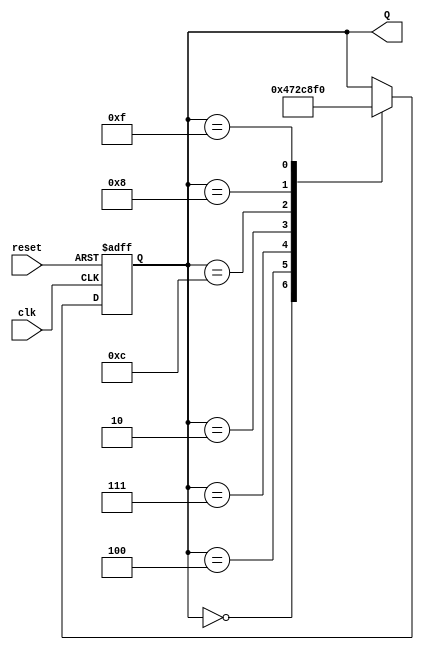
module Random_counter(Q,clk,reset);
output [3:0]Q;
input clk,reset;
reg [3:0]Q;
always @(posedge clk or posedge reset)
begin
if(reset)
Q<=4'b0;
else
begin
case(Q)
4'd0:Q<=4'd4;
4'd4:Q<=4'd7;
4'd7:Q<=4'd2;
4'd2:Q<=4'd12;
4'd12:Q<=4'd8;
4'd8:Q<=4'd15;
4'd15:Q<=4'd0;
endcase
end
end
endmodule